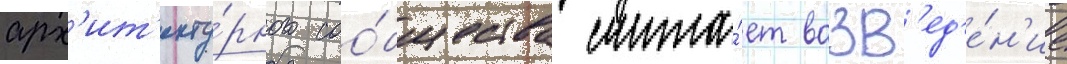
арх'ит'екту́рного соо́бщества счита́ет возв'ед'е́н'ие